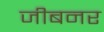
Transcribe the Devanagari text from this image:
जीबनर